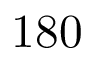
1 8 0